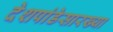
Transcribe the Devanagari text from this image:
देशपांडेसारख्या